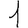
Digit: 1